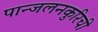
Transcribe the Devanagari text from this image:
पान्जलनकुरिची